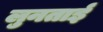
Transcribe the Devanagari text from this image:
लुनताई